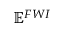
\mathbf { \mathbb { E } } ^ { F W I }